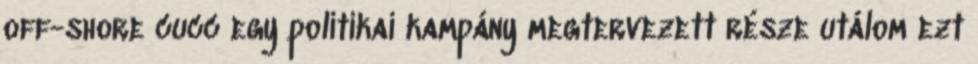
off-shore cucc egy politikai kampány megtervezett része utálom ezt